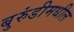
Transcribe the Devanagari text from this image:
बुरुंडीमधील